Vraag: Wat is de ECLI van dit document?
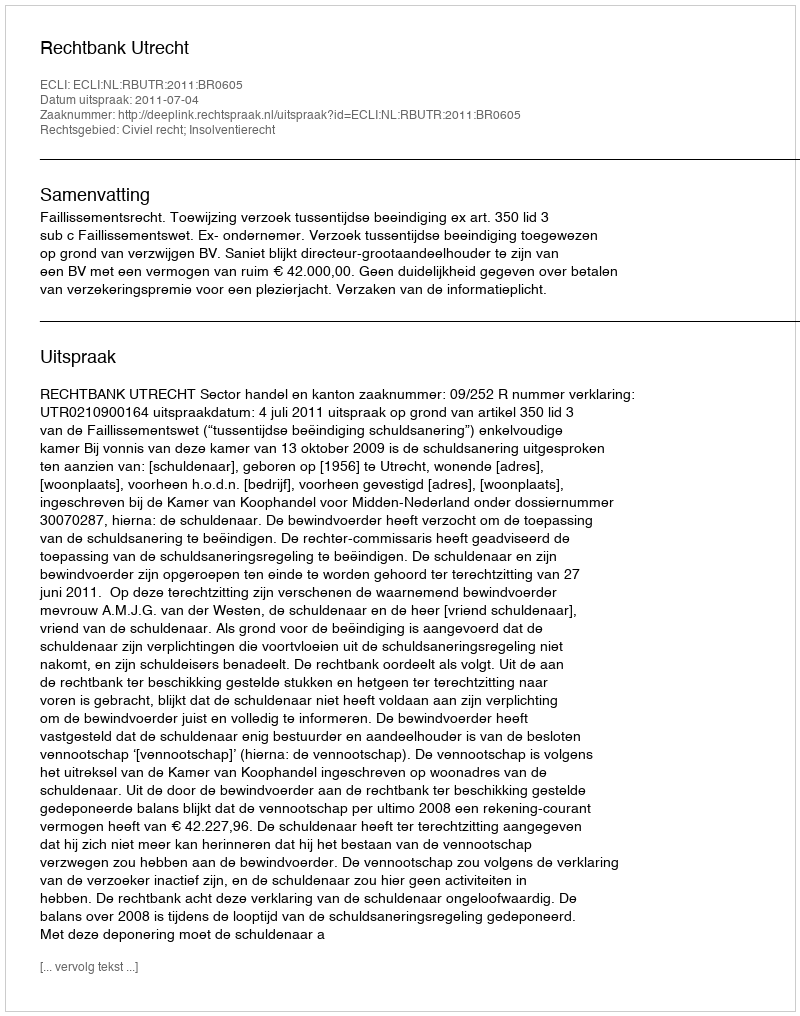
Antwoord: ECLI:NL:RBUTR:2011:BR0605